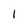
Character: 1